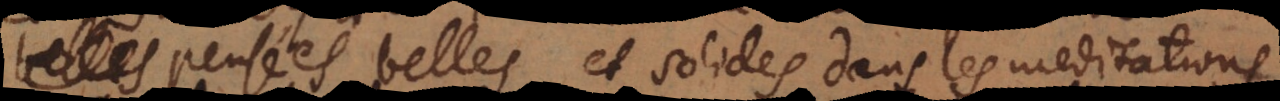
e pensées belles et solides dans les meditations